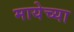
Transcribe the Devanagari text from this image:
मायेच्या